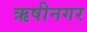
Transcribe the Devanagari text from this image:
ऋषीनगर